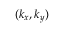
( { { k } _ { x } } , { { k } _ { y } } )